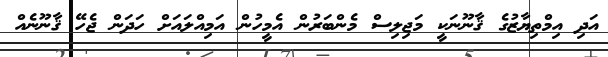
އަދި އިމްތިޔާޒުގެ ޤާނޫނަކީ މަޖިލިސް މެންބަރުން އެމީހުން އަމިއްލައަށް ހަދަން ޖެހޭ ޤާނޫނެއް